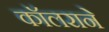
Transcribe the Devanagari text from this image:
कॉलराने